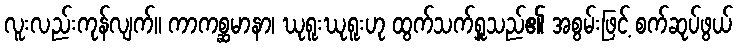
လူးလည်းကုန်လျက်။ ကာကစ္ဆမာနာ၊ ဃုရူးဃုရူးဟု ထွက်သက်ရှူသည်၏ အစွမ်းဖြင့် စက်ဆုပ်ဖွယ်